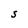
Character: S